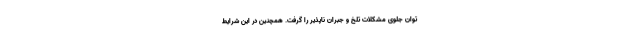
توان جلوی مشکلات تلخ و جبران ناپذیر را گرفت. همچنین در این شرایط